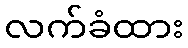
လက်ခံထား